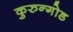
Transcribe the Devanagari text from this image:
कुरुन्गोड